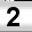
Digit: 2